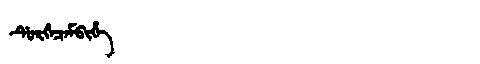
Manchu: ᡩᡠᡵᡤᡝᠴᡝᠮᠪᡳᡥᡝ
Romanization: DURGECEMBIHE